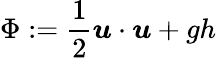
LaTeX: \Phi:=\frac{1}{2}\boldsymbol{u}\cdot\boldsymbol{u}+gh